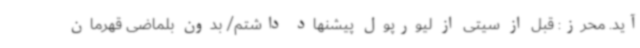
آید. محرز: قبل از سیتی از لیورپول پیشنهاد داشتم/ بدون بلماضی قهرمان